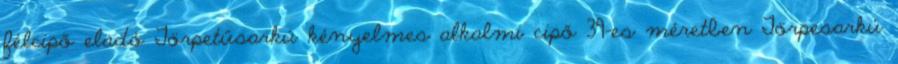
félcipő eladó Törpetűsarkú kényelmes alkalmi cipő 39-es méretben Törpesarkú